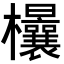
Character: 𣡤